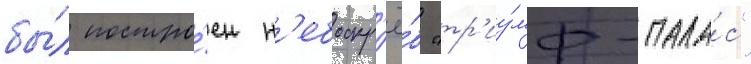
бы́л постро́ен н'ебоскр'ё́б "тр'иу́мф-пала́с"